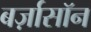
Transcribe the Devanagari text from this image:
बर्ज़ासॉन